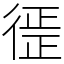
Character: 徰